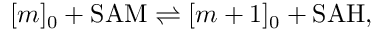
[ m ] _ { 0 } + \mathrm { S A M } \rightleftharpoons [ m + 1 ] _ { 0 } + \mathrm { S A H } ,